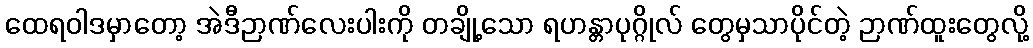
ထေရဝါဒမှာတော့ အဲဒီဉာဏ်လေးပါးကို တချို့သော ရဟန္တာပုဂ္ဂိုလ် တွေမှသာပိုင်တဲ့ ဉာဏ်ထူးတွေလို့